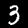
Label: 3